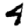
Digit: 4